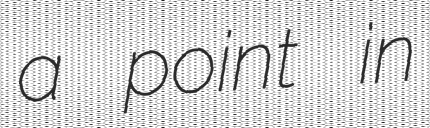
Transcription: a point in